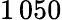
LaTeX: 1\, 050